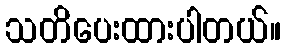
သတိပေးထားပါတယ်။